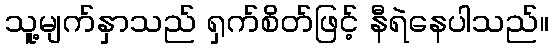
သူ့မျက်နှာသည် ရှက်စိတ်ဖြင့် နီရဲနေပါသည်။